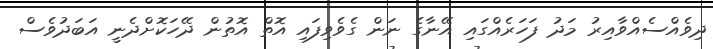
ދިވެއްސެއްވާއިރު މަދު ފަހަރެއްގައި އޭނާގެ ނަން ގެވެވިފައި އޮތް އޮތުން ދޭހަކޮށްދެނީ އަބަދުވެސް